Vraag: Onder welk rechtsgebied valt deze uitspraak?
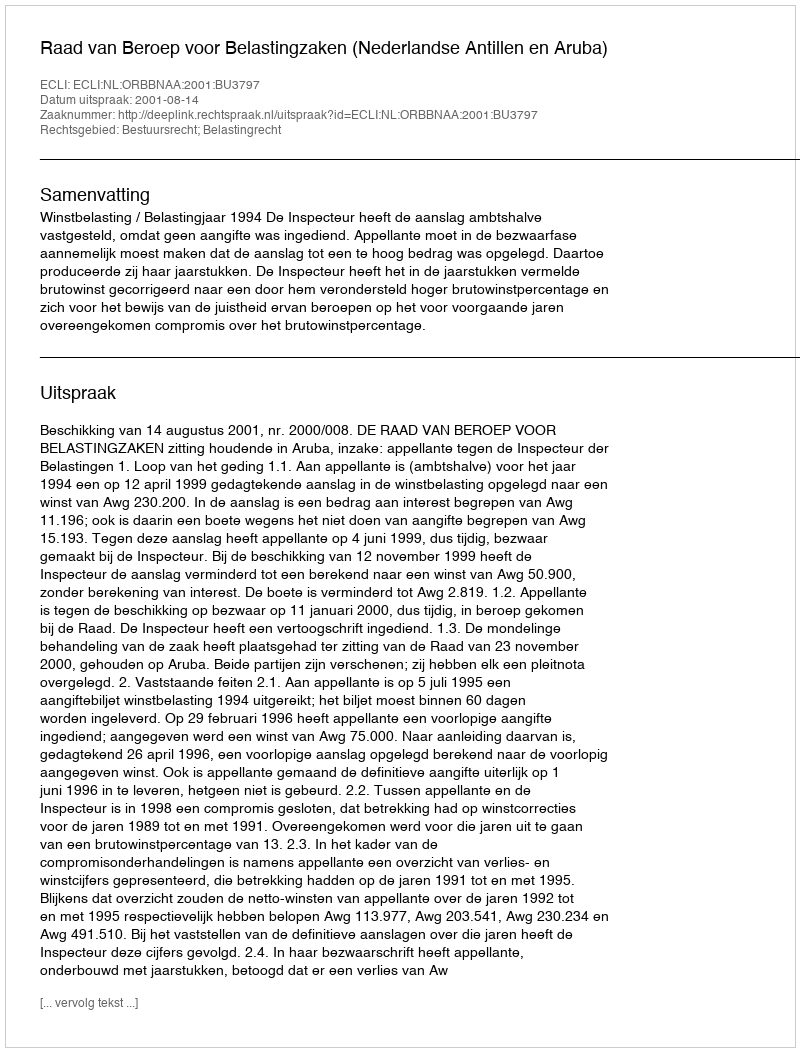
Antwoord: Bestuursrecht; Belastingrecht